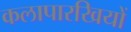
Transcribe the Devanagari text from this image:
कलापारखियों